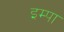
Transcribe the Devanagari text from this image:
इम्पा